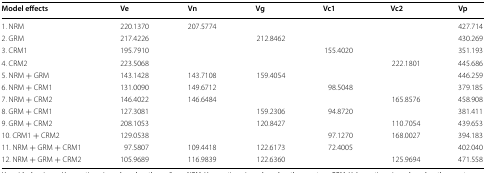
<table><thead><tr><td><b>Model effects</b></td><td><b>Ve</b></td><td><b>Vn</b></td><td><b>Vg</b></td><td><b>Vc1</b></td><td><b>Vc2</b></td><td><b>Vp</b></td></tr></thead><tbody><tr><td>1. NRM</td><td>220.1370</td><td>207.5774</td><td></td><td></td><td></td><td>427.714</td></tr><tr><td>2. GRM</td><td>217.4226</td><td></td><td>212.8462</td><td></td><td></td><td>430.269</td></tr><tr><td>3. CRM1</td><td>195.7910</td><td></td><td></td><td>155.4020</td><td></td><td>351.193</td></tr><tr><td>4. CRM2</td><td>223.5068</td><td></td><td></td><td></td><td>222.1801</td><td>445.686</td></tr><tr><td>5. NRM + GRM</td><td>143.1428</td><td>143.7108</td><td>159.4054</td><td></td><td></td><td>446.259</td></tr><tr><td>6. NRM + CRM1</td><td>131.0090</td><td>149.6712</td><td></td><td>98.5048</td><td></td><td>379.185</td></tr><tr><td>7. NRM + CRM2</td><td>146.4022</td><td>146.6484</td><td></td><td></td><td>165.8576</td><td>458.908</td></tr><tr><td>8. GRM + CRM1</td><td>127.3081</td><td></td><td>159.2306</td><td>94.8720</td><td></td><td>381.411</td></tr><tr><td>9. GRM + CRM2</td><td>208.1053</td><td></td><td>120.8427</td><td></td><td>110.7054</td><td>439.653</td></tr><tr><td>10. CRM1 + CRM2</td><td>129.0538</td><td></td><td></td><td>97.1270</td><td>168.0027</td><td>394.183</td></tr><tr><td>11. NRM + GRM + CRM1</td><td>97.5807</td><td>109.4418</td><td>122.6173</td><td>72.4005</td><td></td><td>402.040</td></tr><tr><td>12. NRM + GRM + CRM2</td><td>105.9689</td><td>116.9839</td><td>122.6360</td><td></td><td>125.9694</td><td>471.558</td></tr></tbody></table>